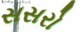
સસરો